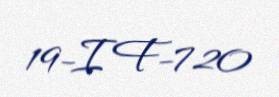
19-IF-720